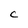
Character: C